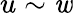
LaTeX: u\sim\mathit{w}